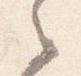
之